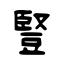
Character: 豎